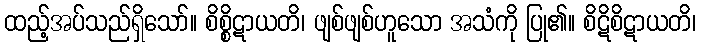
ထည့်အပ်သည်ရှိသော်။ စိစ္စိဋာယတိ၊ ဖျစ်ဖျစ်ဟူသော အသံကို ပြု၏။ စိဋိစိဋာယတိ၊